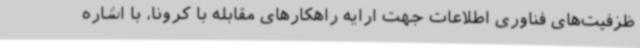
ظزفیت‌های فناوری اطلاعات جهت ارایه راهکارهای مقابله با کرونا، با اشاره